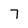
Character: 7